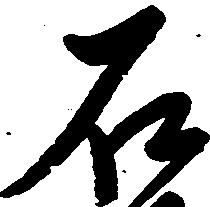
石